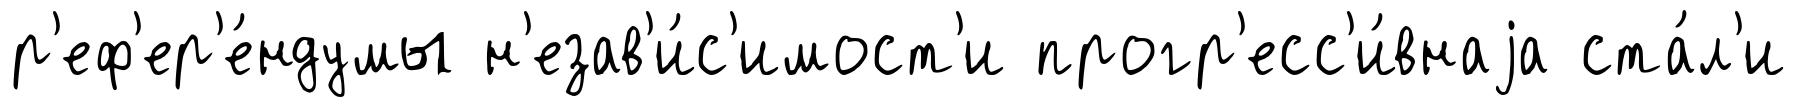
р'еф'ер'е́ндумы н'езав'и́с'имост'и прогр'есс'и́внаjа ста́л'и